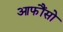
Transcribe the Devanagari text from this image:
आफौंसो